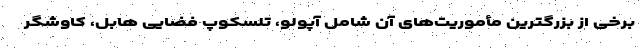
برخی از بزرگترین مأموریت‌های آن شامل آپولو، تلسکوپ فضایی هابل، کاوشگر